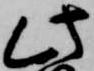
此